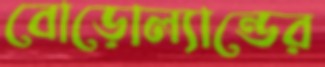
বোড়োল্যান্ডের